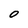
Character: 0